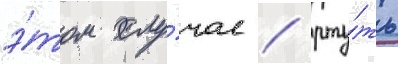
э́том слу́чае / рту́ть